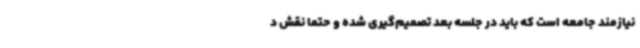
نیازمند جامعه است که باید در جلسه بعد تصمیم‌گیری شده و حتما نقش د